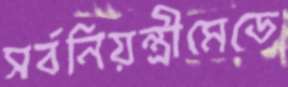
সর্বনিয়ন্ত্রীমেডে